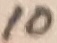
Text: 10